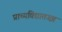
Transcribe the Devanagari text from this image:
प्राच्यविद्यातज्ज्ञ